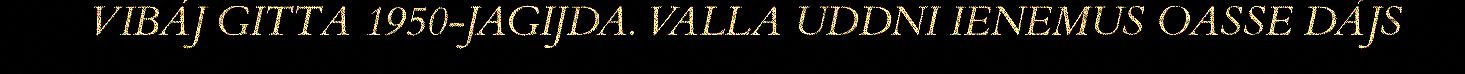
VIBÁJ GITTA 1950-JAGIJDA. VALLA UDDNI IENEMUS OASSE DÁJS